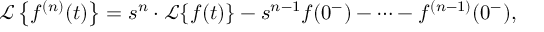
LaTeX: { \mathcal { L } } \left\{ f ^ { ( n ) } ( t ) \right\} = s ^ { n } \cdot { \mathcal { L } } \{ f ( t ) \} - s ^ { n - 1 } f ( 0 ^ { - } ) - \cdots - f ^ { ( n - 1 ) } ( 0 ^ { - } ) ,